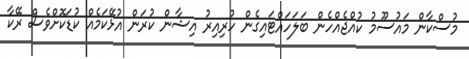
މުސްކާން މައުސޫމު ކުއްޖެއްހެން ބަލަހައްޓައިގެން ހުރިއިރު އިޝާން ކުރަން އުޅޭކަމެއް ކުޑަކޮށްވެސް ރޭކާ